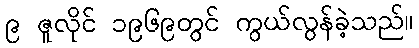
၉ ဇူလိုင် ၁၉၆၉တွင် ကွယ်လွန်ခဲ့သည်။